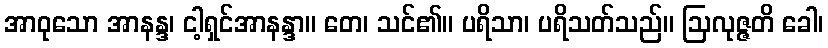
အာဝုသော အာနန္ဒ၊ ငါ့ရှင်အာနန္ဒာ။ တေ၊ သင်၏။ ပရိသာ၊ ပရိသတ်သည်။ ဩလုဇ္ဇတိ ခေါ၊